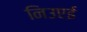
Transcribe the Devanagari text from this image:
निउएई